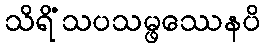
သိရိံသပသမ္ဖဿေနပိ